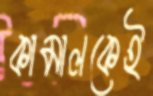
কামালকেই